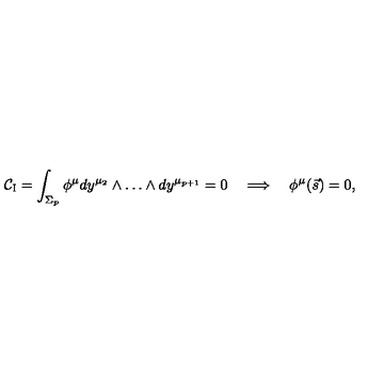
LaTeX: { \mathcal { C } } _ { \mathrm { I } } = \int _ { \Sigma _ { p } } \phi ^ { \mu } d y ^ { \mu _ { 2 } } \wedge \dots \wedge d y ^ { \mu _ { p + 1 } } = 0 \quad \Longrightarrow \quad \phi ^ { \mu } ( \vec { s } ) = 0 ,